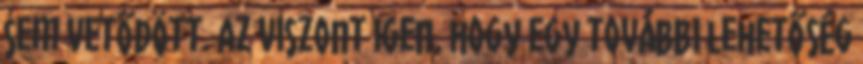
sem vetődött. Az viszont igen, hogy egy további lehetőség